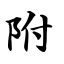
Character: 附